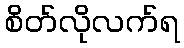
စိတ်လိုလက်ရ